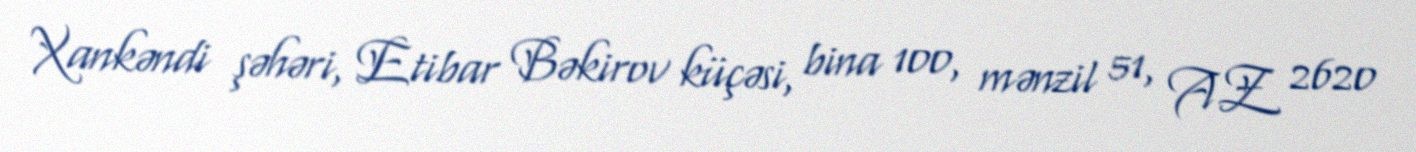
Xankəndi şəhəri, Etibar Bəkirov küçəsi, bina 100, mənzil 51, AZ 2620